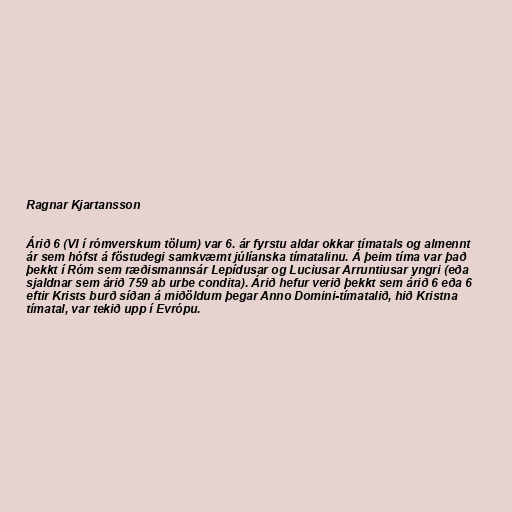
Ragnar Kjartansson

Árið 6 (VI í rómverskum tölum) var 6. ár fyrstu aldar okkar tímatals og almennt
ár sem hófst á föstudegi samkvæmt júlíanska tímatalinu. Á þeim tíma var það
þekkt í Róm sem ræðismannsár Lepídusar og Luciusar Arruntiusar yngri (eða
sjaldnar sem árið 759 ab urbe condita). Árið hefur verið þekkt sem árið 6 eða 6
eftir Krists burð síðan á miðöldum þegar Anno Domini-tímatalið, hið Kristna
tímatal, var tekið upp í Evrópu.